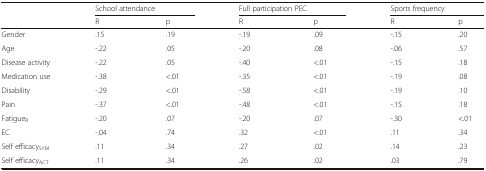
<table><thead><tr><td rowspan="2"></td><td colspan="2"><b>School attendance</b></td><td colspan="2"><b>Full participation PEC</b></td><td colspan="2"><b>Sports frequency</b></td></tr><tr><td><b>R</b></td><td><b>p</b></td><td><b>R</b></td><td><b>p</b></td><td><b>R</b></td><td><b>p</b></td></tr></thead><tbody><tr><td>Gender</td><td>.15</td><td>.19</td><td>-.19</td><td>.09</td><td>-.15</td><td>.20</td></tr><tr><td>Age</td><td>-.22</td><td>.05</td><td>-.20</td><td>.08</td><td>-.06</td><td>.57</td></tr><tr><td>Disease activity</td><td>-.22</td><td>.05</td><td>-.40</td><td>&lt;.01</td><td>-.15</td><td>.18</td></tr><tr><td>Medication use</td><td>-.38</td><td>&lt;.01</td><td>-.35</td><td>&lt;.01</td><td>-.19</td><td>.08</td></tr><tr><td>Disability</td><td>-.29</td><td>&lt;.01</td><td>-.58</td><td>&lt;.01</td><td>-.19</td><td>.10</td></tr><tr><td>Pain</td><td>-.37</td><td>&lt;.01</td><td>-.48</td><td>&lt;.01</td><td>-.15</td><td>.18</td></tr><tr><td>Fatigue<sub>R</sub></td><td>-.20</td><td>.07</td><td>-.20</td><td>.07</td><td>-.30</td><td>&lt;.01</td></tr><tr><td>EC</td><td>-.04</td><td>.74</td><td>.32</td><td>&lt;.01</td><td>.11</td><td>.34</td></tr><tr><td>Self efficacy<sub>SYM</sub></td><td>.11</td><td>.34</td><td>.27</td><td>.02</td><td>.14</td><td>.23</td></tr><tr><td>Self efficacy<sub>ACT</sub></td><td>.11</td><td>.34</td><td>.26</td><td>.02</td><td>.03</td><td>.79</td></tr></tbody></table>